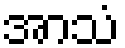
အာသံ